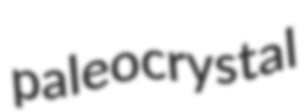
paleocrystal